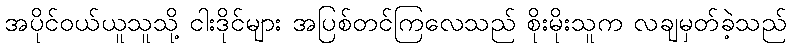
အပိုင်ဝယ်ယူသူသို့ ငါးဒိုင်များ အပြစ်တင်ကြလေသည် စိုးမိုးသူက လချမှတ်ခဲ့သည်